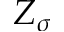
Z _ { \sigma }